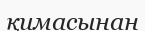
қимасынан